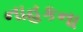
નાહકના